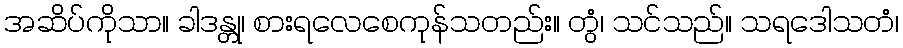
အဆိပ်ကိုသာ။ ခါဒန္တု၊ စားရလေစေကုန်သတည်း။ တွံ၊ သင်သည်။ သရဒေါသတံ၊